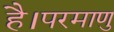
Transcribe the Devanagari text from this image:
है।परमाणु